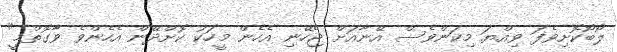
ލޯބޯކޮށިވެފަ ވިއްޔަ މިކަންވެސް އޭނާއަށް ޖެހޭނި އެހެން މީހަކު ކޮށްދޭން އެހެންވެ ވާގޮތްމީ"